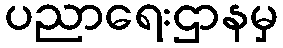
ပညာရေးဌာနမှ